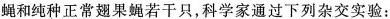
蝇和纯种正常翅果蝇若干只，科学家通过下列杂交实验：